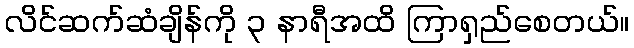
လိင်ဆက်ဆံချိန်ကို ၃ နာရီအထိ ကြာရှည်စေတယ်။